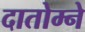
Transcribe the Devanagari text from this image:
दातोम्ने